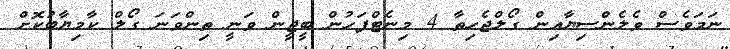
ނަމަވެސް ވެލެންސިޔާއިން ގޯލްޖެހިތާ 4 މިނެޓްފަހުން ބީޖީން ވަނީ ތިންވަނަ ގޯލް ކާމިޔާބުކޮށް